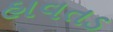
હાવતડ